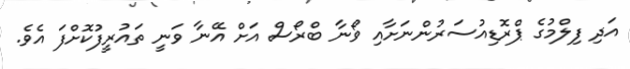
އަދި ފިލްމުގެ ޕްރޮޑިއުސަރުންނަށާއި ވޯނާ ބްރޯސް އަށް އޭނާ ވަނީ ތައުރީފުކޮށްފަ އެވެ.